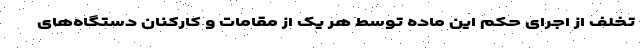
تخلف از اجرای حکم این ماده توسط هر یک از مقامات و کارکنان دستگاه‌های